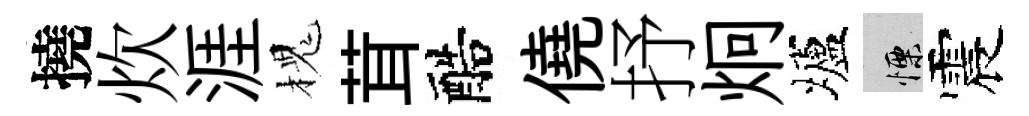
撓炊涯槐茸醅僥抒炯壚慄震